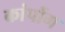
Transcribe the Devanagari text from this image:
कांपोंग